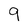
Character: 9